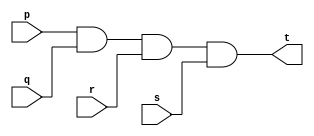
// -------------------------
// Exercicio0008 - AND (4 entradas)
// Nome: Breno Macena Pereira de Souza
// -------------------------

// -------------------------
// -- and gate
// -------------------------
module andgate (output t, input p, input q, 
                          input r, input s);
assign t = p & q & r & s;
endmodule // andgate

// -------------------------
// -- test xnor gate
// -------------------------
module testandgate;
// ------------------------- dados locais
reg a, b, c, d;
wire s;
// ------------------------- instncia
andgate AND1 (s, a, b, c, d);
// ------------------------- preparao
initial begin:start
a=0; 
b=0;
c=0;
d=0;
end

// ------------------------- parte principal
initial begin:main
     $display("Exerccio 0008 - Breno Macena - 462017");
     $display("Test AND gate:");
     $display("\na & b & c & d = s\n");
     $monitor("%b & %b & %b & %b = %b", a, b, c, d, s);
#1   a=0; b=0; c=0; d=0;
#1   a=0; b=0; c=0; d=1;
#1   a=0; b=0; c=1; d=0;
#1   a=0; b=0; c=1; d=1;
#1   a=0; b=1; c=0; d=0;
#1   a=0; b=1; c=0; d=1;
#1   a=0; b=1; c=1; d=0;
#1   a=0; b=1; c=1; d=1;
#1   a=1; b=0; c=0; d=0;
#1   a=1; b=0; c=0; d=1;
#1   a=1; b=0; c=1; d=0;
#1   a=1; b=0; c=1; d=1;
#1   a=1; b=1; c=0; d=0;
#1   a=1; b=1; c=0; d=1;
#1   a=1; b=1; c=1; d=0;
#1   a=1; b=1; c=1; d=1;
end
endmodule // tesandgate